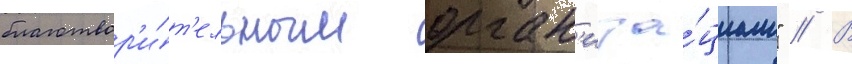
благотвор'и́т'ельным орган'иза́циам" // В